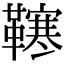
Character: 𩍎